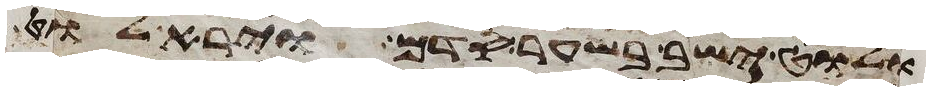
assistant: ולוט ישב בשער סדם וירא לוט